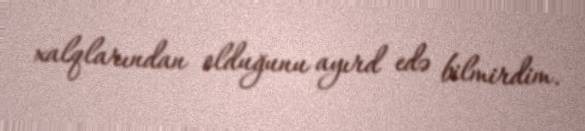
xalqlarından olduğunu ayırd edə bilmirdim.